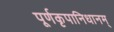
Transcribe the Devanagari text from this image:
पूर्णकृपानिधानम्